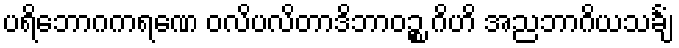
ပရိဘောဂကရဏေ ဝလိပလိတာဒိဘာဝဉ္စ ဂိဟိ အညဘာဂိယသင်္ချံ